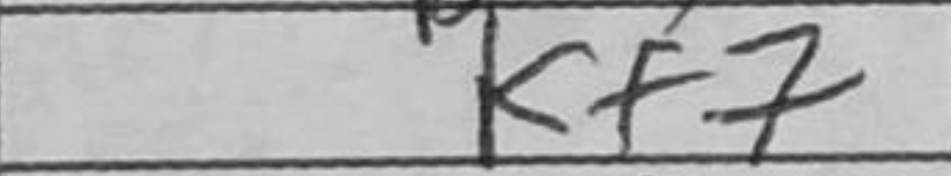
Transcription: Kf7